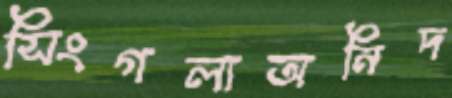
সিংগলাঅনিদ